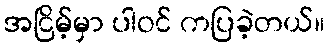
အငြိမ့်မှာ ပါဝင် ကပြခဲ့တယ်။